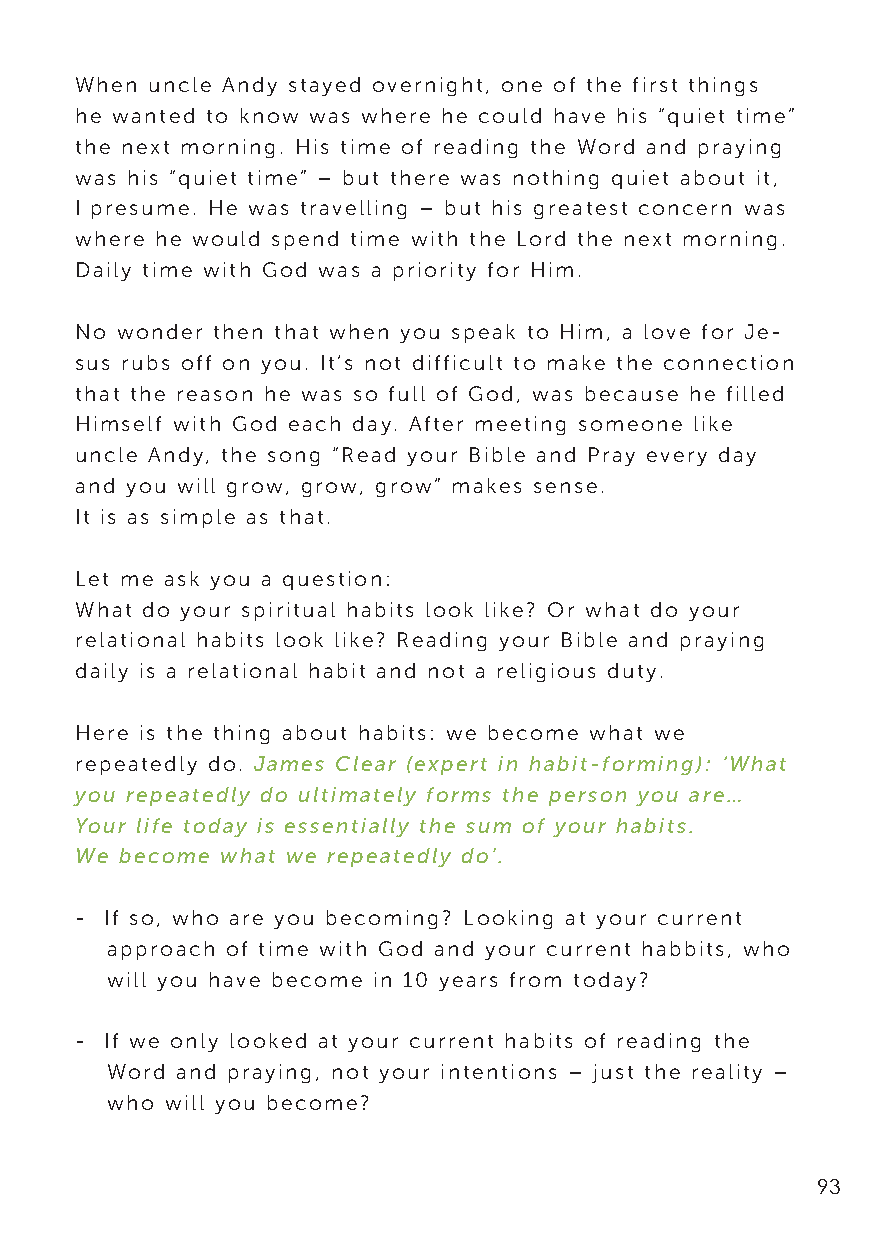
When uncle Andy stayed overnight, one of the first things
 he wanted to know was where he could have his “quiet time”
 the next morning. His time of reading the Word and praying
 was his “quiet time” – but there was nothing quiet about it,
 I presume. He was travelling – but his greatest concern was
 where he would spend time with the Lord the next morning.
 Daily time with God was a priority for Him.
 No wonder then that when you speak to Him, a love for Je-
 sus rubs off on you. It’s not difficult to make the connection
 that the reason he was so full of God, was because he filled
 Himself with God each day. After meeting someone like
 uncle Andy, the song “Read your Bible and Pray every day
 and you will grow, grow, grow” makes sense.
 It is as simple as that.
 Let me ask you a question:
 What do your spiritual habits look like? Or what do your
 relational habits look like? Reading your Bible and praying
 daily is a relational habit and not a religious duty.
 Here is the thing about habits: we become what we
 repeatedly do. James Clear (expert in habit-forming): ‘What
 you repeatedly do ultimately forms the person you are…
 Your life today is essentially the sum of your habits.
 We become what we repeatedly do’.
 - If so, who are you becoming? Looking at your current
 approach of time with God and your current habbits, who
 will you have become in 10 years from today?
 - If we only looked at your current habits of reading the
 Word and praying, not your intentions – just the reality –
 who will you become?
 93